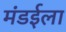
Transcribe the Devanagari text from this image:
मंडईला